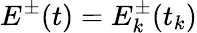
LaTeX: E^{\pm}(t)=E_{k}^{\pm}(t_{k})